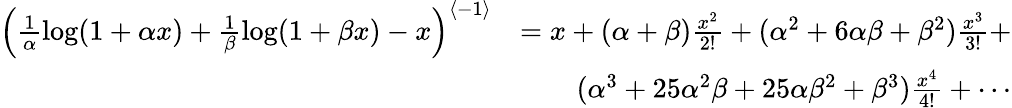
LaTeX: \begin{array}{rl}{\left(\frac{1}{\alpha}\log(1+\alpha x)+\frac{1}{\beta}\log(1+\beta x)-x\right)^{\left<-1\right>}}&{=x+(\alpha+\beta)\frac{x^{2}}{2!}+(\alpha^{2}+6\alpha\beta+\beta^{2})\frac{x^{3}}{3!}+}\\ &{\qquad(\alpha^{3}+25\alpha^{2}\beta+25\alpha\beta^{2}+\beta^{3})\frac{x^{4}}{4!}+\cdots}\end{array}